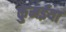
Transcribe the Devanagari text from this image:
कुंमईया